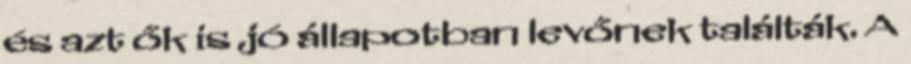
és azt ők is jó állapotban levőnek találták. A